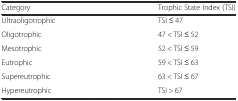
| Category | Trophic State Index (TSI) |
 | --- | --- |
 | Ultraoligotrophic | TSI ≤ 47 |
 | Oligotrophic | 47 < TSI ≤ 52 |
 | Mesotrophic | 52 < TSI ≤ 59 |
 | Eutrophic | 59 < TSI ≤ 63 |
 | Supereutrophic | 63 < TSI ≤ 67 |
 | Hypereutrophic | TSI > 67 |